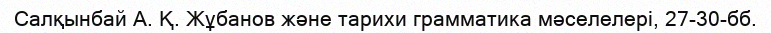
Салқынбай А. Қ. Жұбанов және тарихи грамматика мәселелері, 27-30-бб.